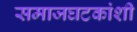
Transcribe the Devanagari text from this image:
समाजघटकांशी